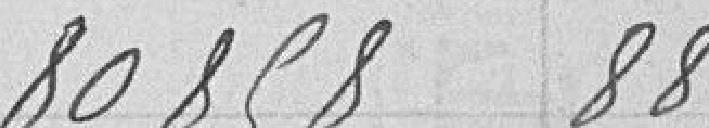
80858,88